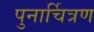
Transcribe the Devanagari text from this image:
पुनार्चित्रण